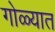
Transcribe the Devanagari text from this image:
गोळ्यात